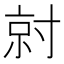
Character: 𡬱